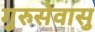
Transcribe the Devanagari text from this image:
गुरुसेवासु